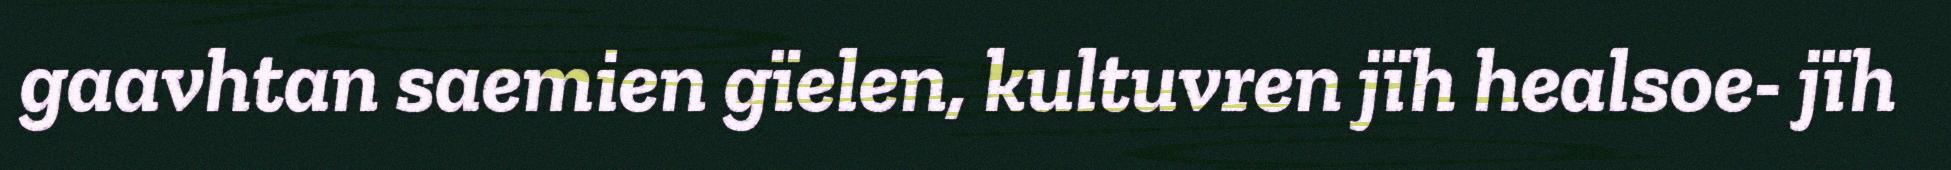
gaavhtan saemien gïelen, kultuvren jïh healsoe- jïh